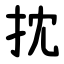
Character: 抌